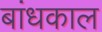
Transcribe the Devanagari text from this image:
बांधकाल